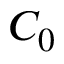
C _ { 0 }